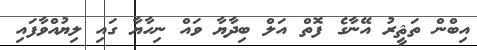
އިބްން ތަޘީރު އޭނާގެ ފޮތް އަލް ބިދާޔާ ވައް ނިހާޔާ ގައި ލިޔުއްވާފައި